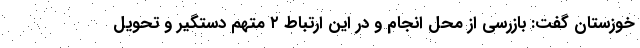
خوزستان گفت: بازرسی از محل انجام و در این ارتباط ۲ متهم دستگیر و تحویل